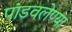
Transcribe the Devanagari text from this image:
पांडवलेण्या